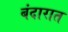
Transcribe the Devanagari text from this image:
बंदारात